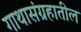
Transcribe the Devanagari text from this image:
गाथासंग्रहातील